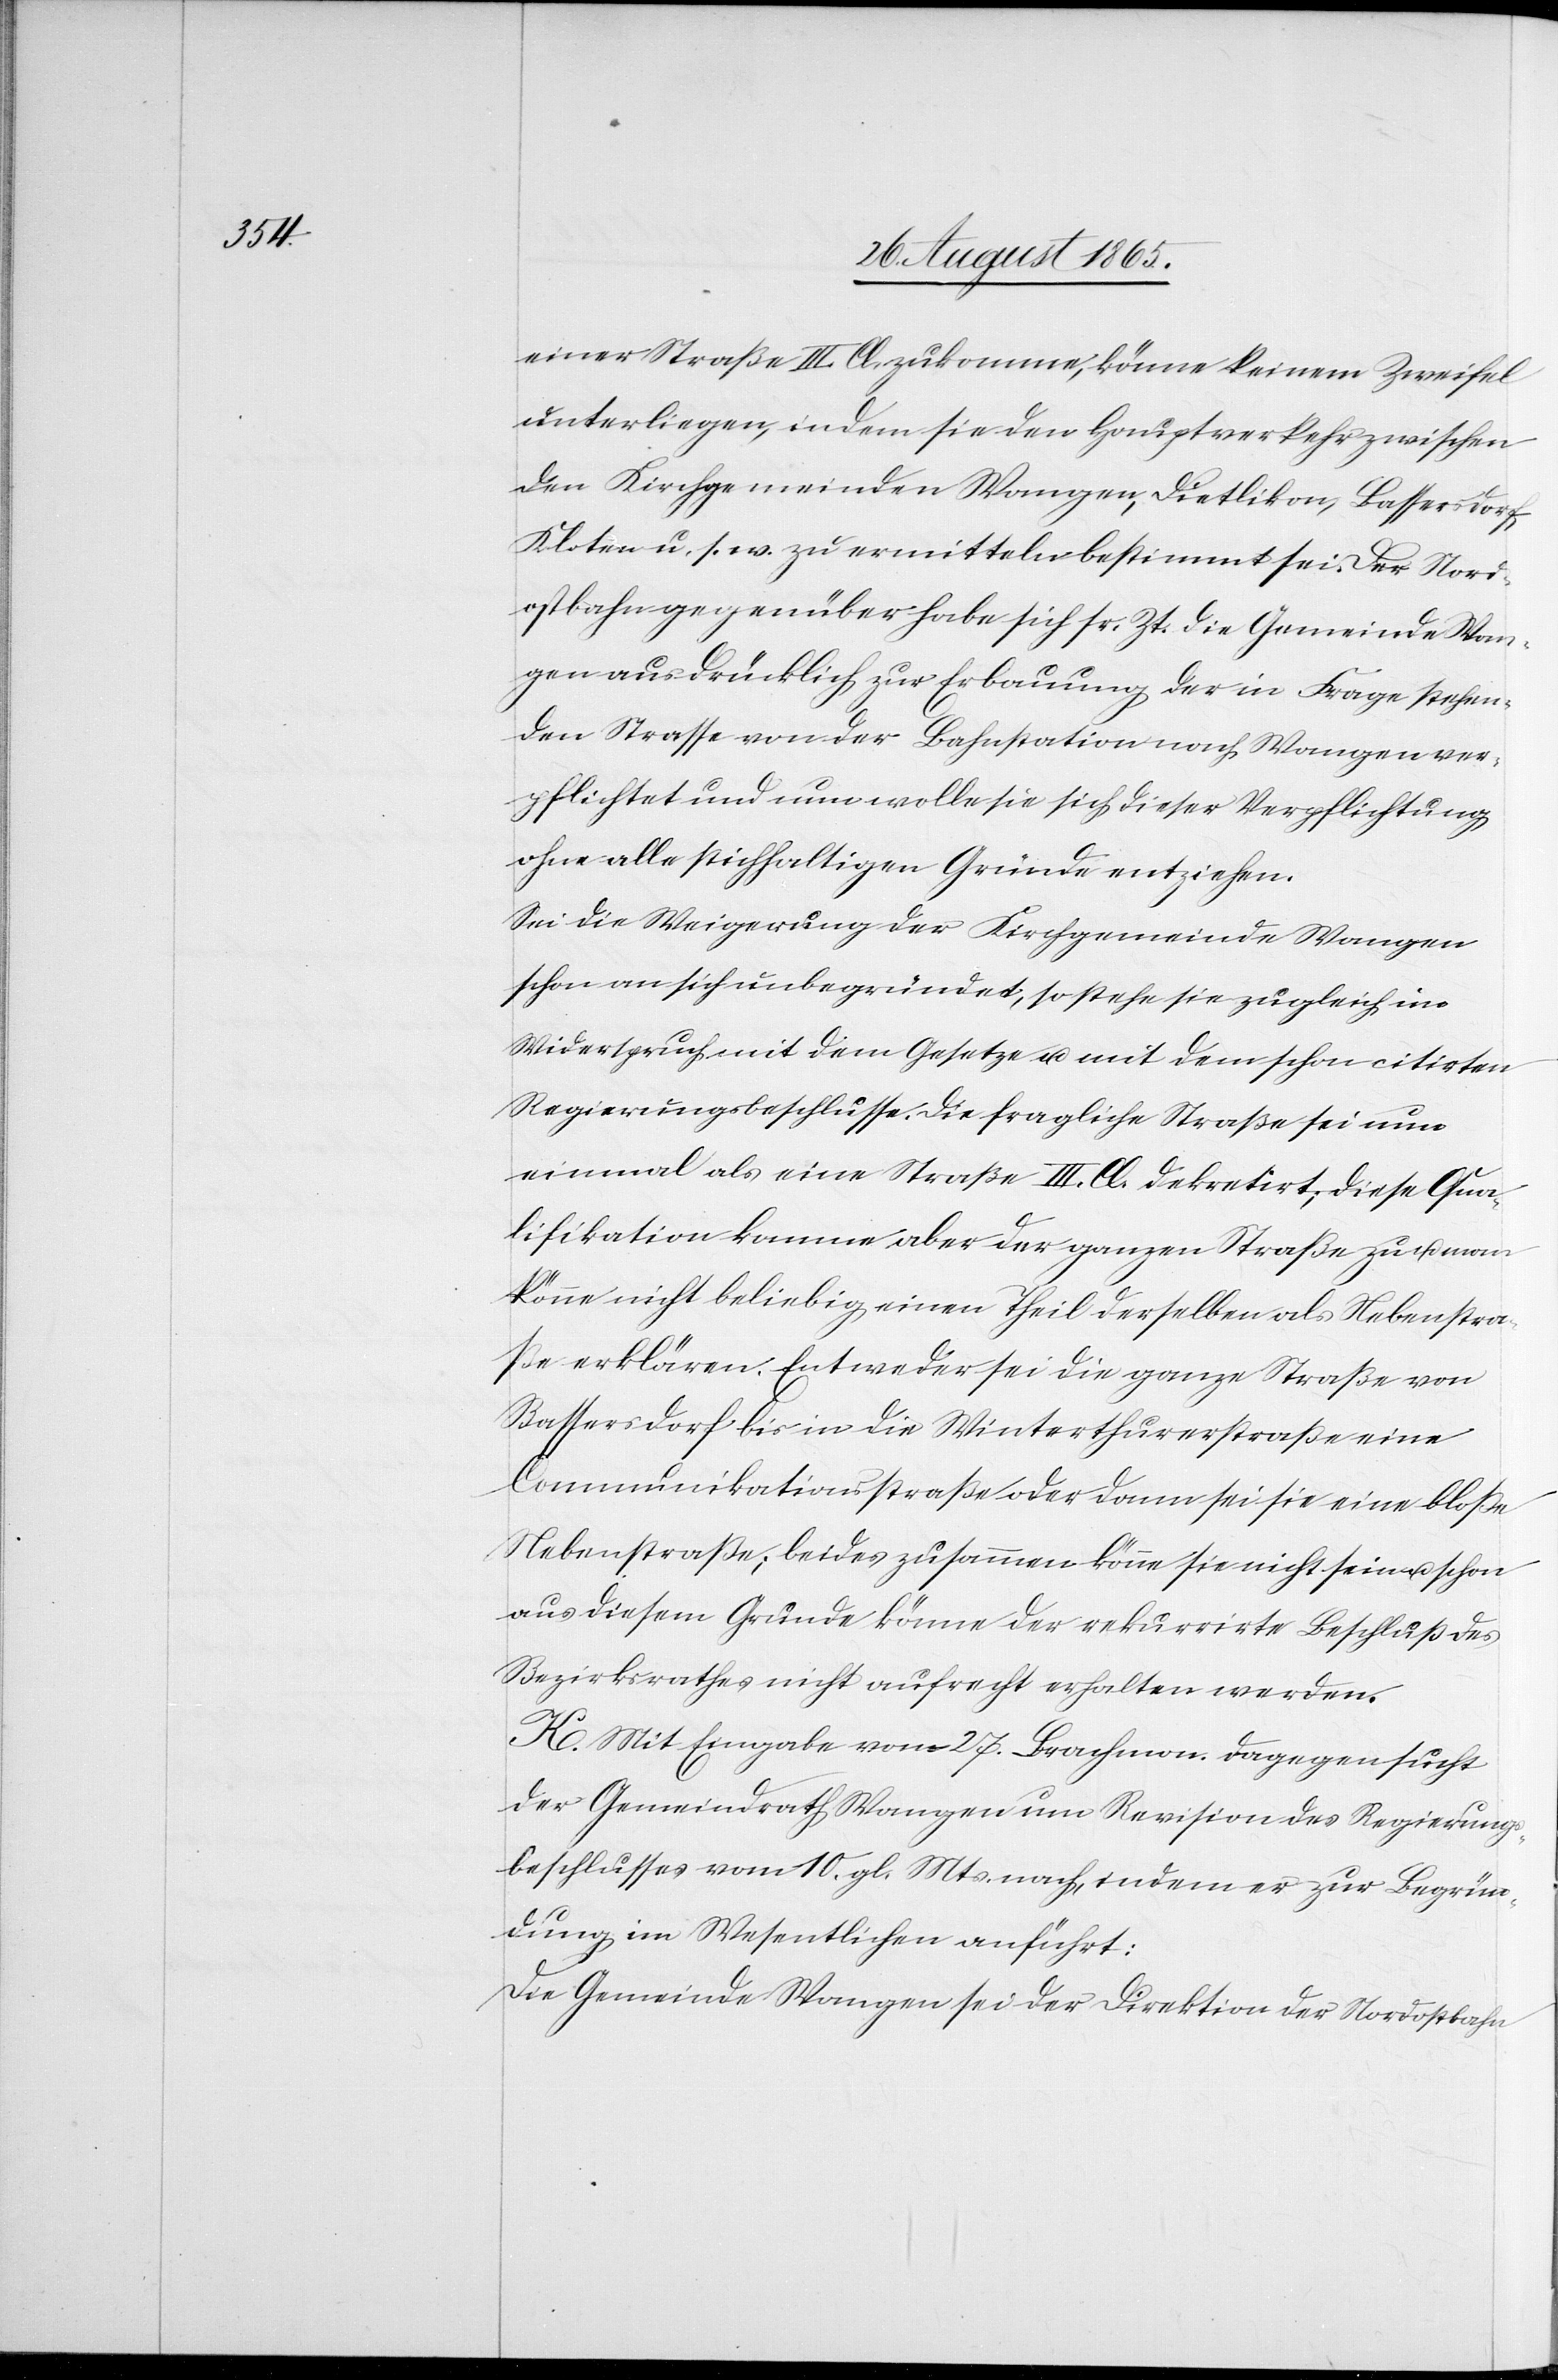
einer Straße III. Cl. zukomme, könne keinem Zweifel
unterliegen, indem sie den Hauptverkehr zwischen
den Kirchgemeinden Wangen, Dietlikon, Bassersdorf,
Kloten u. s. w. zu ermitteln bestimmt sei. Der Nord¬
ostbahn gegenüber habe sich sr. Zt. die Gemeinde Wan¬
gen ausdrücklich zur Erbauung der in Frage stehen¬
den Strasse von der Bahnstation nach Wangen ver¬
pflichtet und nun wolle sie sich dieser Verpflichtung
ohne alle stichhaltigen Gründe entziehen.
Sei die Weigerung der Kirchgemeinde Wangen
schon an sich unbegründet, so stehe sie zugleich im
Widerspruche mit dem Gesetze u. mit dem schon citirten
Regierungsbeschlusse. Die fragliche Straße sei nun
einmal als eine Straße III. Cl. dekretirt; diese Qua¬
lifikation komme aber der ganzen Straße zu u. man
könne nicht beliebig einen Theil derselben als Nebenstra¬
ße erklären. Entweder sei die ganze Straße von
Bassersdorf bis in die Winterthurerstraße eine
Communikationsstraße oder dann sei sie eine bloße
Nebenstraße; beides zusammen könne sie nicht sein u. schon
aus diesem Grunde könne der rekurrirte Beschluß des
Bezirksrathes nicht aufrecht erhalten werden.
K. Mit Eingabe vom 27. Brachmon. dagegen sucht
der Gemeindrath Wangen um Revision des Regierungs¬
beschlusses vom 10. gl. Mts. nach, indem er zur Begrün¬
dung im Wesentlichen anführt:
Die Gemeinde Wangen sei der Direktion der Nordostbahn